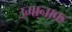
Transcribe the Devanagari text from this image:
उमानाक